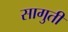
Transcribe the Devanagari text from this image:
सागुती